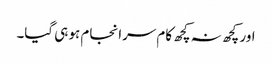
اور کچھ نہ کچھ کام سرانجام ہو ہی گیا۔